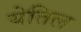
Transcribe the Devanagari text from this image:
येतिल